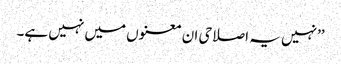
’’نہیں یہ اصلاحی ان معنوں میں نہیں ہے۔